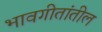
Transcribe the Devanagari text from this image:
भावगीतांतील